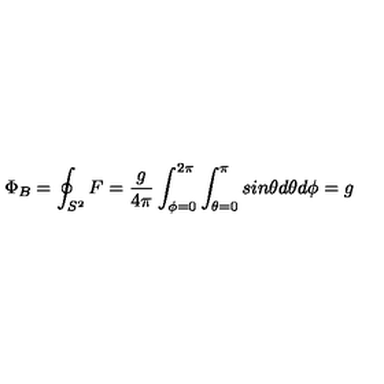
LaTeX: \Phi _ { B } = \oint _ { S ^ { 2 } } F = \frac { g } { 4 \pi } \int _ { \phi = 0 } ^ { 2 \pi } \int _ { \theta = 0 } ^ { \pi } s i n \theta d \theta d \phi = g